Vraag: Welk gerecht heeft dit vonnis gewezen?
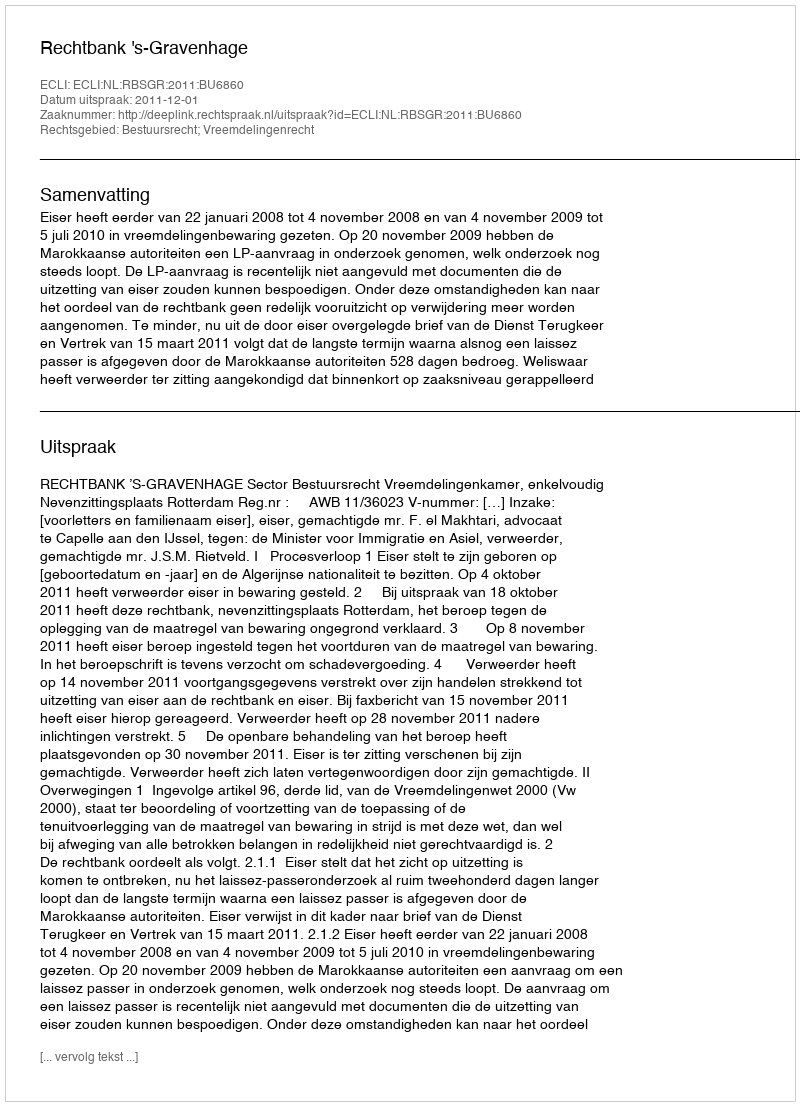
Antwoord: Rechtbank 's-Gravenhage